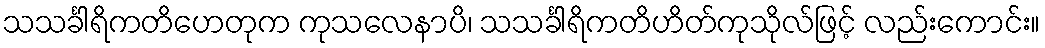
သသင်္ခါရိကတိဟေတုက ကုသလေနာပိ၊ သသင်္ခါရိကတိဟိတ်ကုသိုလ်ဖြင့် လည်းကောင်း။